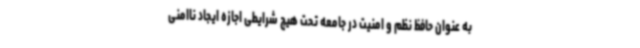
به عنوان حافظ نظم و امنیت در جامعه تحت هیچ شرایطی اجازه ایجاد ناامنی